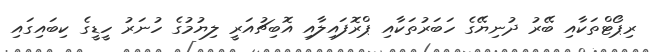
ރިޕޯޓްތަކާއި ބޭރު ދުނިޔޭގެ ހަބަރުތަކާއި ޕްރޮފައިލާއި އޮބިޗުއަރީ ލިޔުމުގެ ހުނަރު ހީޑީގެ ކިބައިގައި